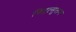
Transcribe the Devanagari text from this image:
विद्वत्सुलभ